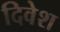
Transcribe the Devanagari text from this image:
दिवेश